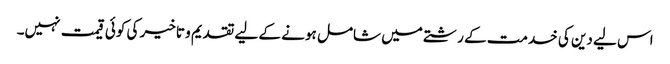
اس لیے دین کی خدمت کے رشتے میں شامل ہونے کے لیے تقدیم و تاخیر کی کوئی قیمت نہیں۔